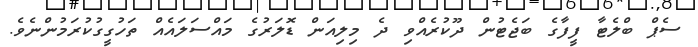
ސެޕް ބްލެޓާ ފީފާގެ ބަޖެޓުން ދޫކުރެއްވި ދެ މިލިއަން ޑޮލަރުގެ މައްސަލައެއް ތަހުގީގުކުރަމުންނެވެ.